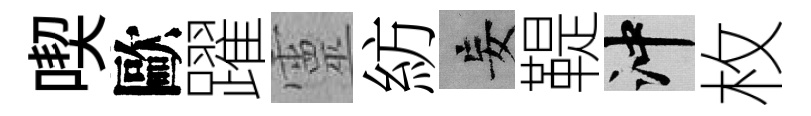
喫歐躍靈紡妄鞮冲枚